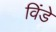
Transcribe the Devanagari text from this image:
विंडे